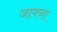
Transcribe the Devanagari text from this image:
जाफ्ना